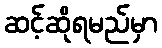
ဆင့်ဆိုရမည်မှာ